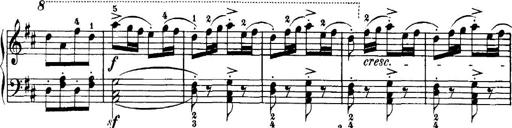
Title: 7 Sonatinas
Composer: Anton Diabelli